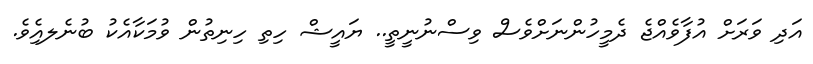
އަދި ވަރަށް އުފާވެއްޖެ ދެމީހުންނަށްވެސް ވިސްނުނީތީ.. ޔައީޝް ހިތި ހިނިތުން ވުމަކާއެކު ބުނެލއިެވެ.